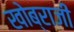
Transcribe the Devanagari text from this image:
खोब्राजी